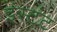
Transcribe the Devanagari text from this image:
इंस्टंट